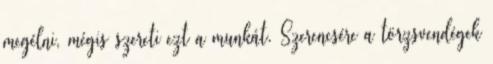
megélni, mégis szereti ezt a munkát. Szerencsére a törzsvendégek